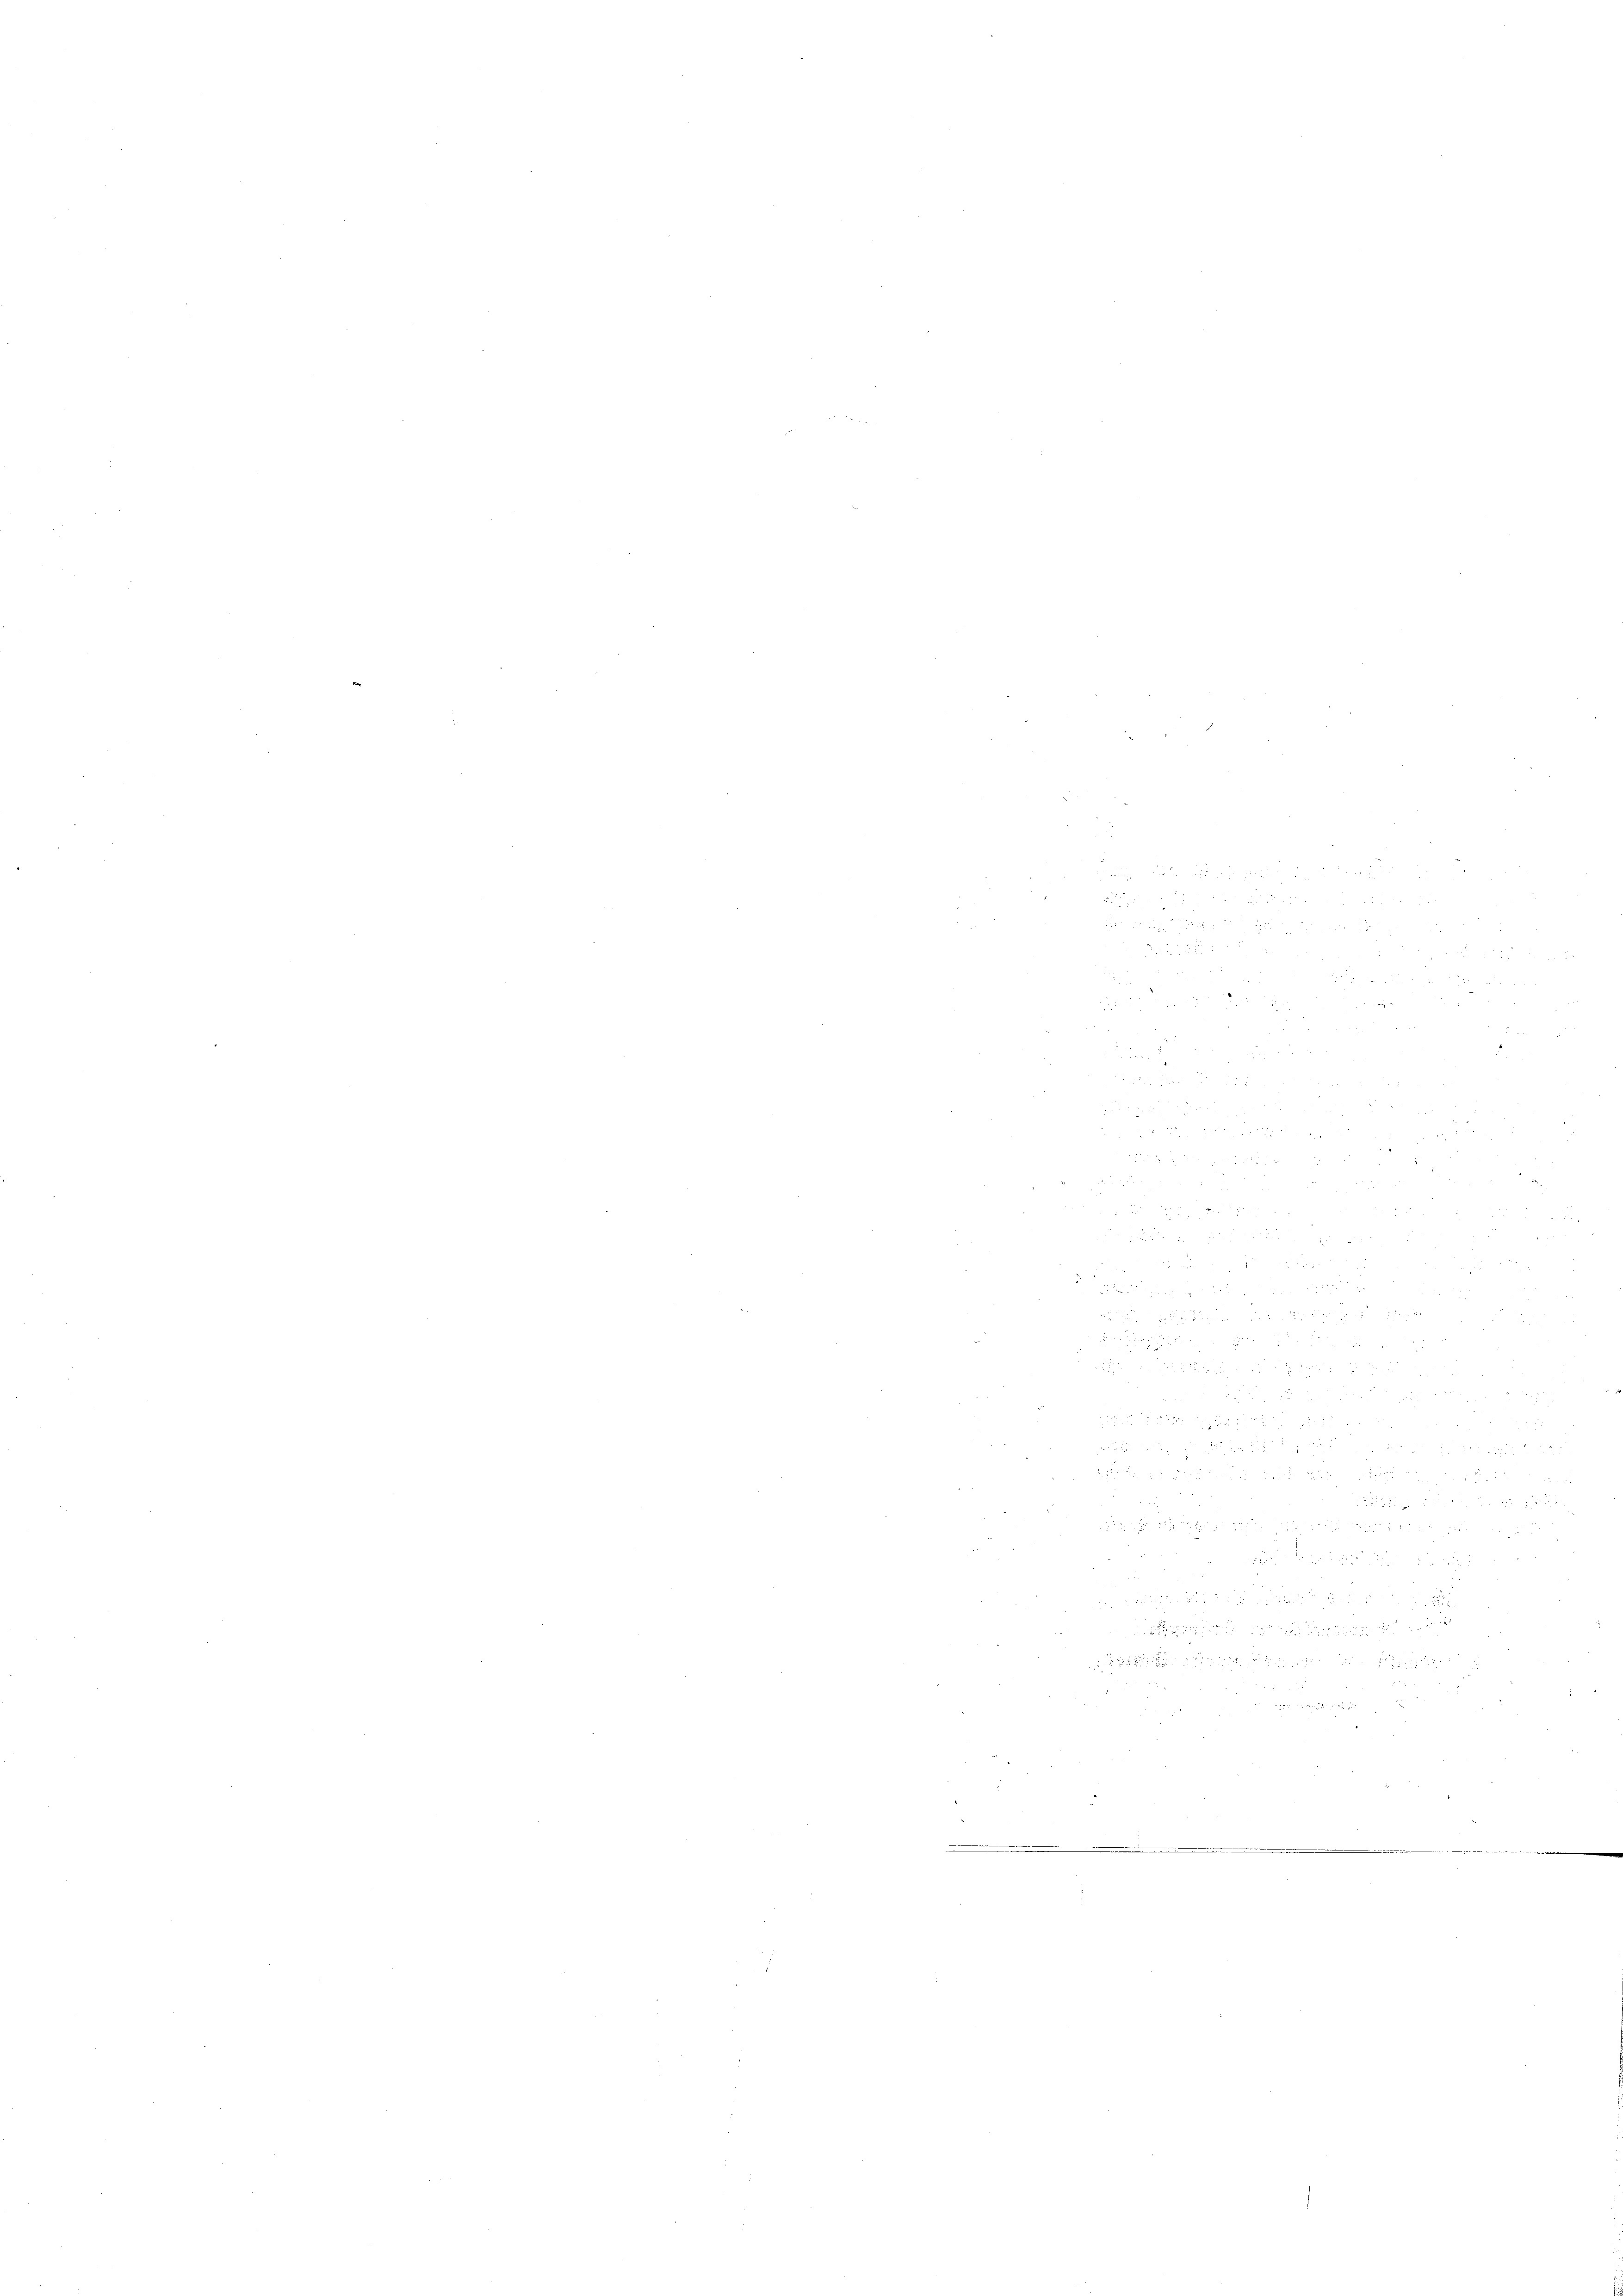
.
 x

“

a
 § 25 f 0 x

8
e

x
ä

2
 10. d. d.